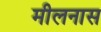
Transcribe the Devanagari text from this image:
मीलनास